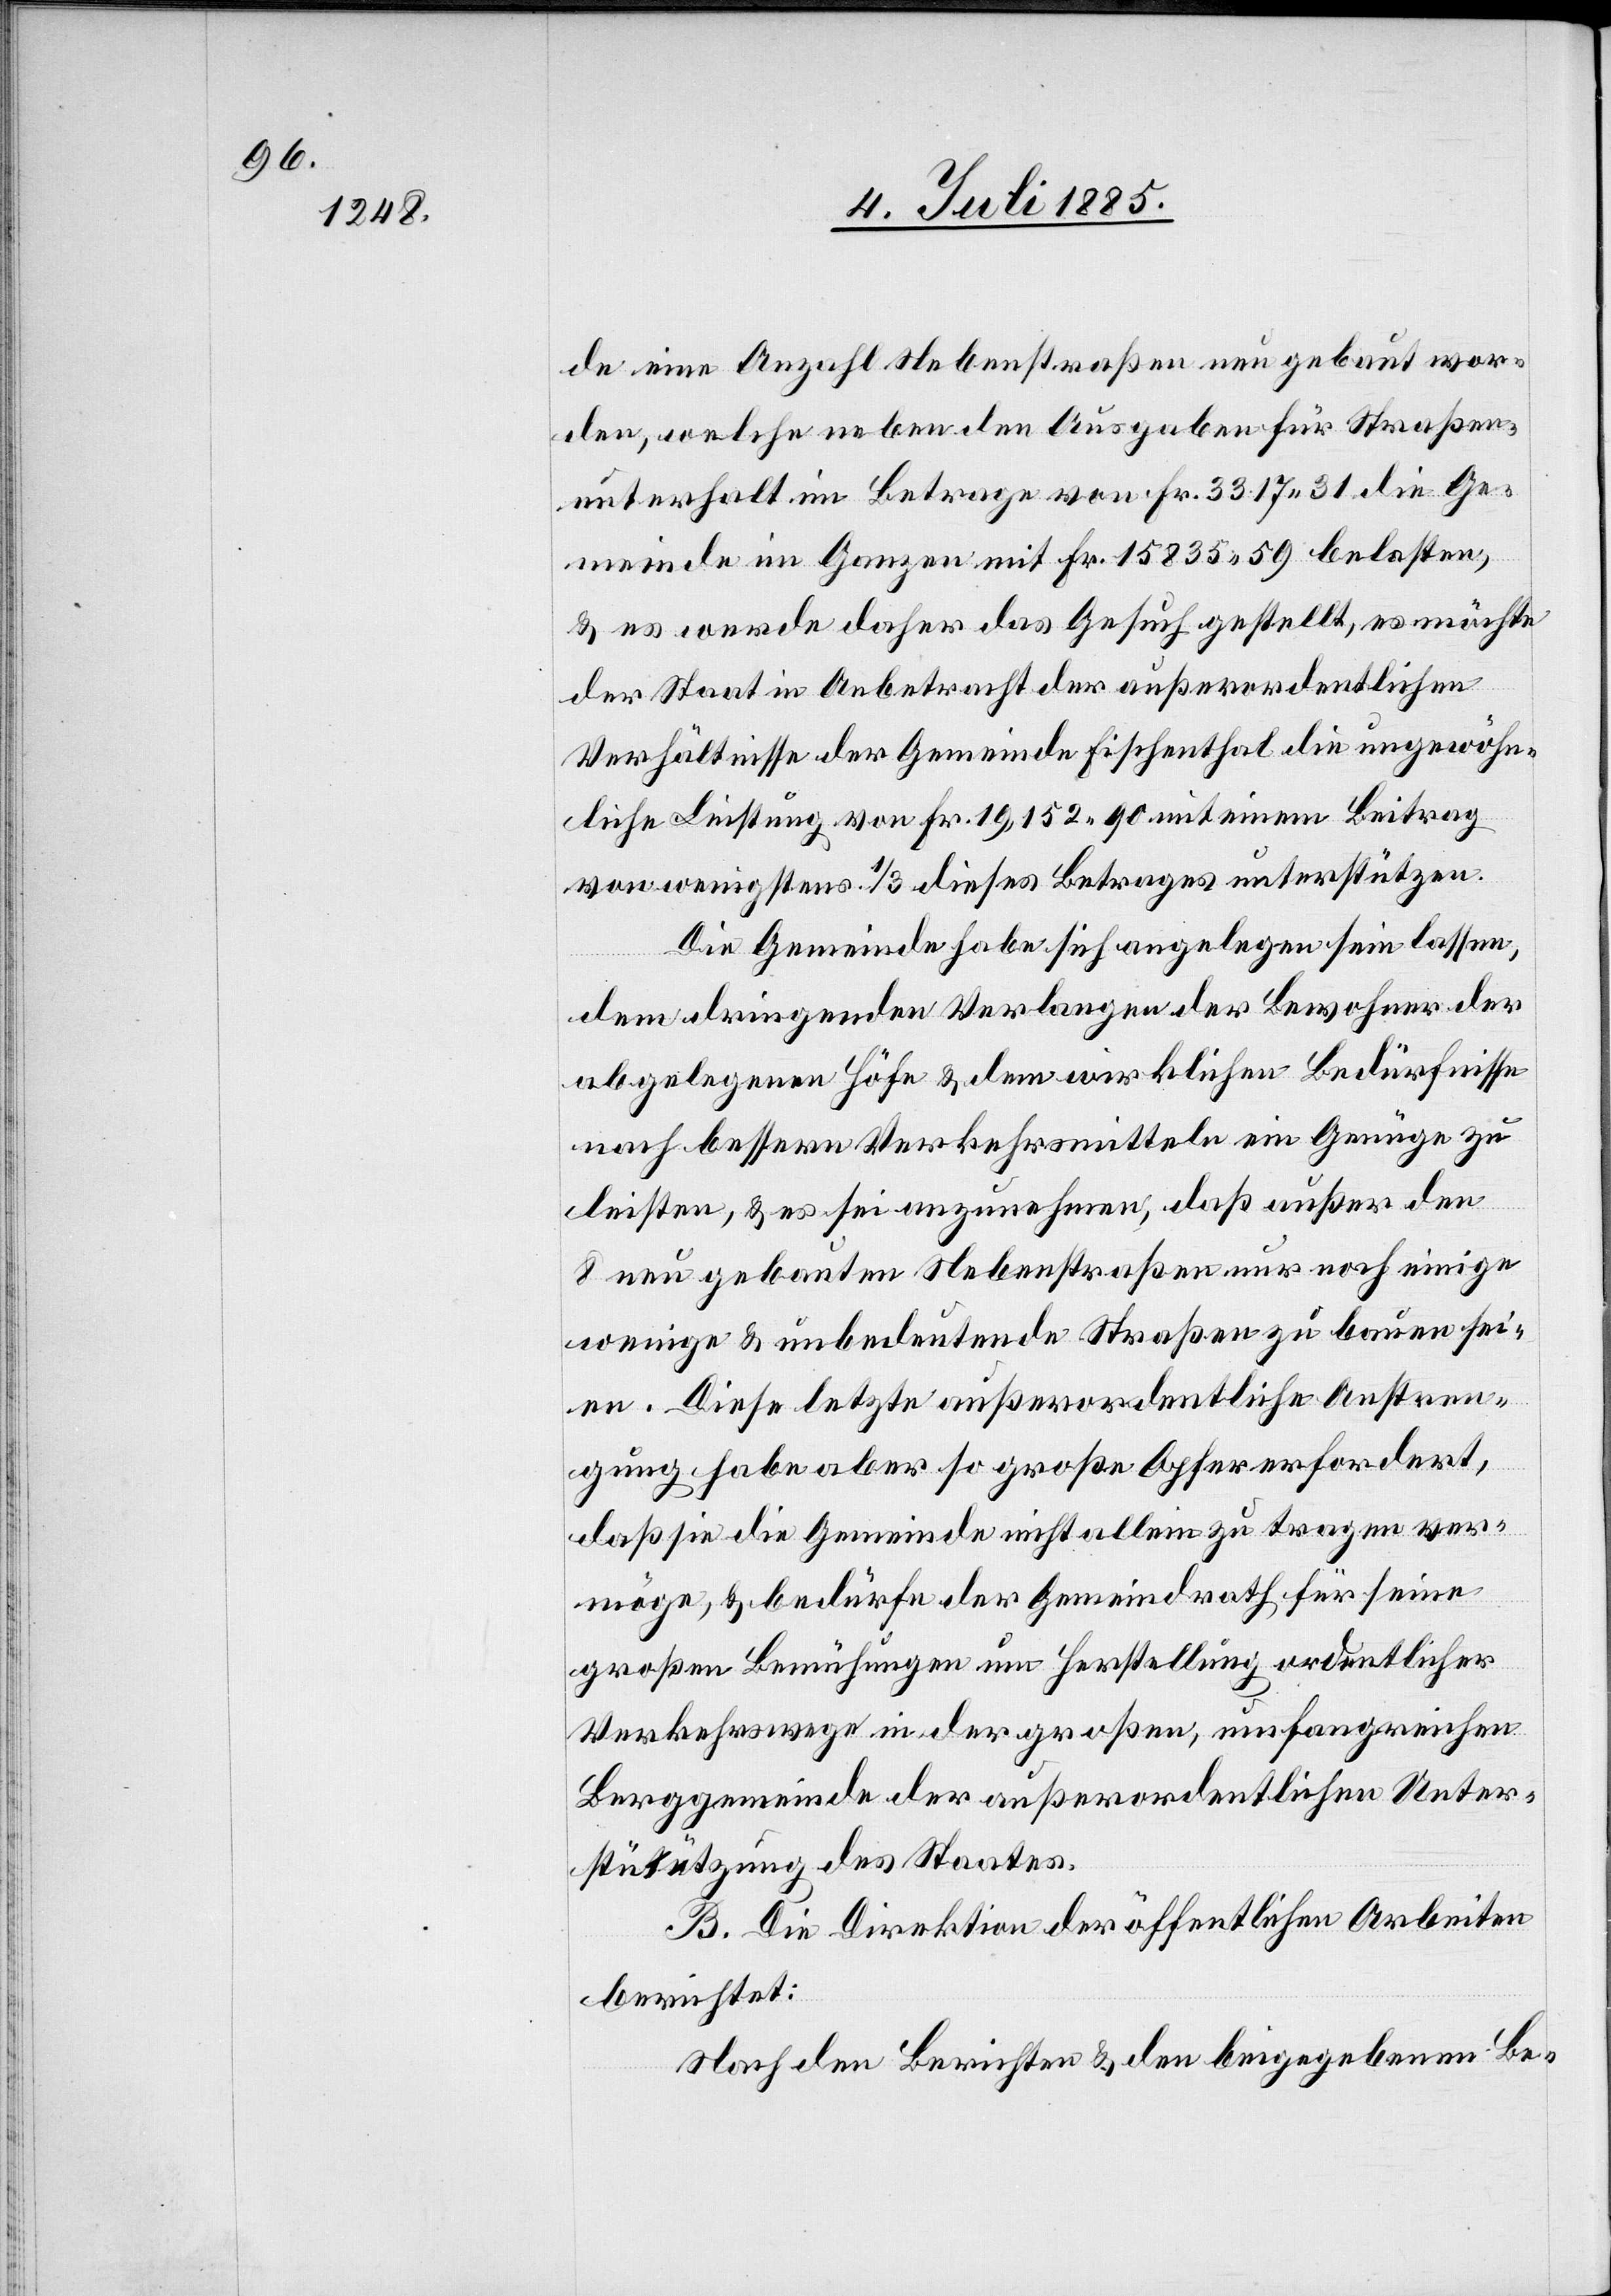
de eine Anzahl Nebenstraßen neu gebaut wor¬
den, welche neben den Ausgaben für Straßen¬
unterhalt im Betrage von Fr. 3317 31 die Ge¬
meinde im Ganzen mit Fr. 15835 59 belasten,
& es werde daher das Gesuch gestellt, es möchte
der Staat in Anbetracht der außerordentlichen
Verhältnisse der Gemeinde Fischenthal die ungewöhn¬
liche Leistung von Fr. 19,152 90 mit einem Beitrag
von wenigstens 1/3 dieses Betrages unterstützen.
Die Gemeinde habe sich angelegen sein lassen,
dem dringenden Verlangen der Bewohner der
abgelegenen Höfe & dem wirklichen Bedürfnisse
nach bessern Verkehrsmitteln ein Genüge zu
leisten, & es sei anzunehmen, daß außer den
8 neu gebauten Nebenstraßen nur noch einige
wenige & unbedeutende Straßen zu bauen sei¬
en. Diese letzte außerordentliche Anstren¬
gung habe aber so große Opfer erfordert,
daß sie die Gemeinde nicht allein zu tragen ver¬
möge, & bedürfe der Gemeindrath für seine
großen Bemühungen um Herstellung ordentlicher
Verkehrswege in der großen, umfangreichen
Berggemeinde der außerordentlichen Unter¬
stützung des Staates.
B. Die Direktion der öffentlichen Arbeiten
berichtet:
Nach den Berichten & den beigegebenen Be-